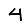
Digit: 4